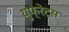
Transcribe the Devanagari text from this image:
युफ्रेट्स